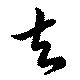
夫